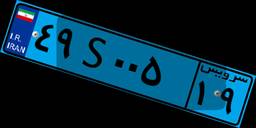
۴۹S۰۰۵۱۹